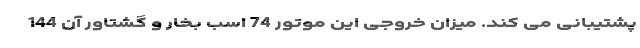
پشتیبانی می کند. میزان خروجی این موتور 74 اسب بخار و گشتاور آن 144